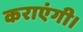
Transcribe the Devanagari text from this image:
कराएंगी।